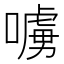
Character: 𠿛